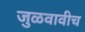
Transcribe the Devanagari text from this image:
जुळवावीच